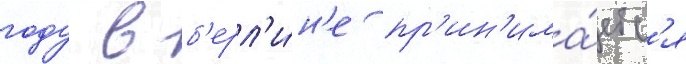
году в б'ерл'и́н'е пр'ин'има́етс'я